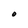
Character: O